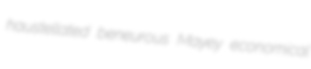
haustellated beneurous Mayey economical